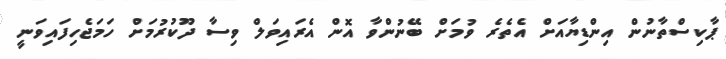
ޕާކިސްތާނުން އިންޑިޔާއަށް އެތެރެ ވުމަށް ބޭނުންވާ އޮން އެރައިވަލް ވިސާ ދޫކުރުމަށް ހަމަޖެހިފައިވަނީ